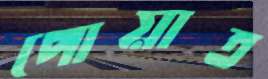
পোয়াত